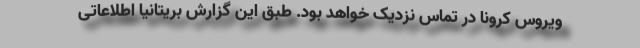
ویروس کرونا در تماس نزدیک خواهد بود. طبق این گزارش بریتانیا اطلاعاتی